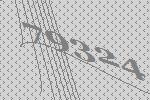
79324